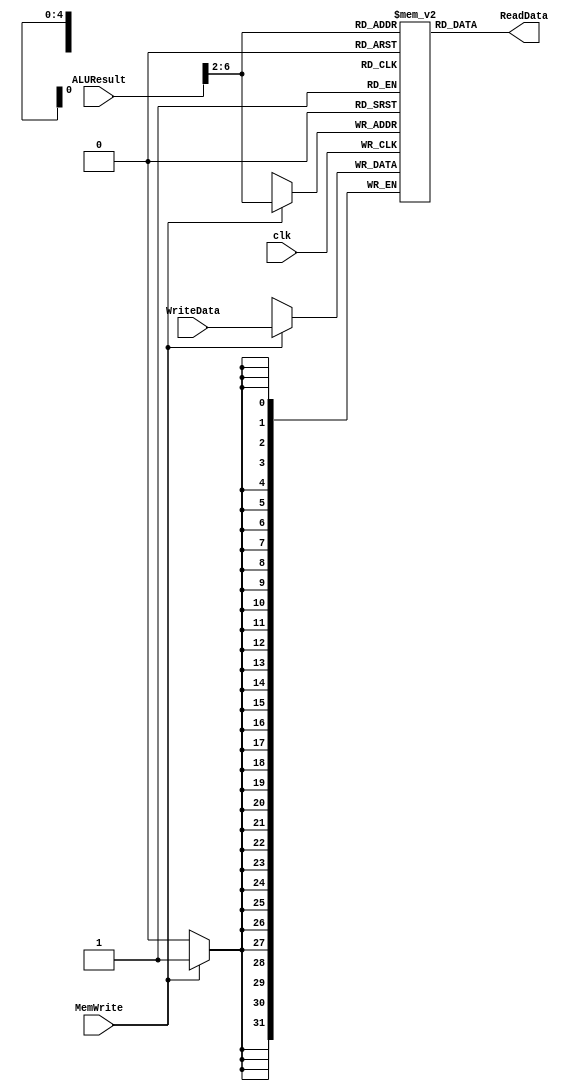
module DataMemory(clk, MemWrite, ALUResult, WriteData, ReadData);
input clk,MemWrite;
input [31:0] ALUResult, WriteData;
output [31:0] ReadData;
integer i; 

reg [31:0] RAM[31:0];

initial
begin
for (i = 0; i < 31; i = i + 1) 
begin
 RAM[i] <= 0; 
end
end

assign ReadData = RAM[ALUResult[31:2]]; // word aligned

always@(posedge clk)
if (MemWrite) RAM[ALUResult[31:2]] <= WriteData;
endmodule